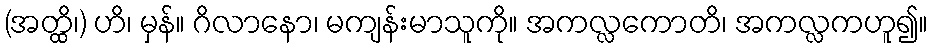
(အတ္ထိ၊) ဟိ၊ မှန်။ ဂိလာနော၊ မကျန်းမာသူကို။ အကလ္လကောတိ၊ အကလ္လကဟူ၍။